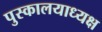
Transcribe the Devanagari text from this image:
पुस्कालयाध्यक्ष